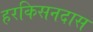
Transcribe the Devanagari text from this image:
हरकिसनदास